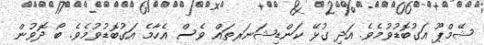
ޝޭމްޕޫ އަގުބޮޑުވުމެވެ. އަދި ގުޅޭ ކަންޑިޝަނަރތައް ވެސް އެހާމެ އަގުބޮޑުވުމެވެ. ބޯ ދޮވުން